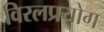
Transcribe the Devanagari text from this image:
विरलप्रयोग